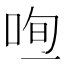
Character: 𠳉